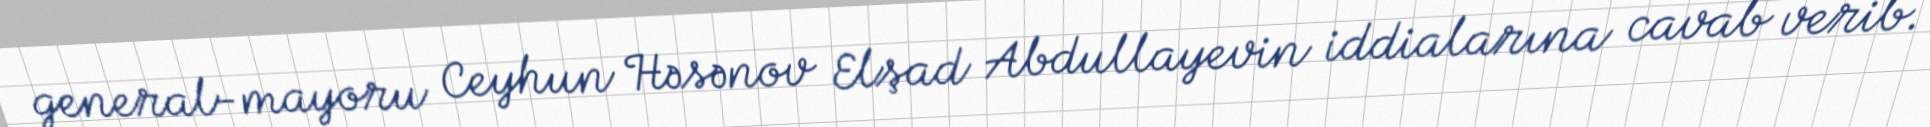
general-mayoru Ceyhun Həsənov Elşad Abdullayevin iddialarına cavab verib.